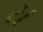
ય